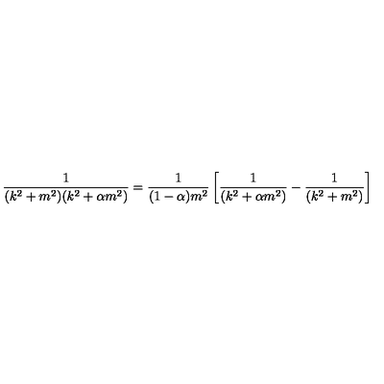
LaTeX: \frac { 1 } { ( k ^ { 2 } + m ^ { 2 } ) ( k ^ { 2 } + \alpha m ^ { 2 } ) } = \frac { 1 } { ( 1 - \alpha ) m ^ { 2 } } \left[ \frac { 1 } { ( k ^ { 2 } + \alpha m ^ { 2 } ) } - \frac { 1 } { ( k ^ { 2 } + m ^ { 2 } ) } \right]